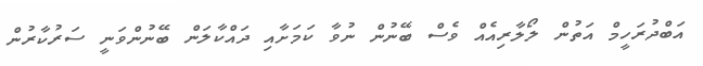
އަބްދުރަހީމް އަތުން ލޯލާރިއެއް ވެސް ބޭނުން ނުވާ ކަމަށާއި ދައްކާލަން ބޭނުންވަނީ ސަރުކާރުން